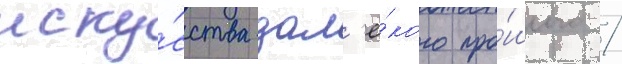
иску́сства дал'ё́кого про́шлого /